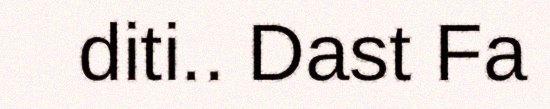
diti.. Dast Fa